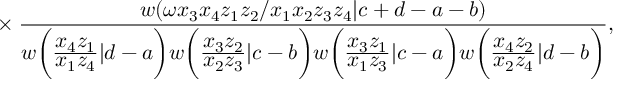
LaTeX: { } ~ \times \frac { w ( \omega x _ { 3 } x _ { 4 } z _ { 1 } z _ { 2 } / x _ { 1 } x _ { 2 } z _ { 3 } z _ { 4 } | c + d - a - b ) } { w \bigg ( \frac { \displaystyle x _ { 4 } z _ { 1 } } { \displaystyle x _ { 1 } z _ { 4 } } | d - a \bigg ) w \bigg ( \frac { \displaystyle x _ { 3 } z _ { 2 } } { \displaystyle x _ { 2 } z _ { 3 } } | c - b \bigg ) w \bigg ( \frac { \displaystyle x _ { 3 } z _ { 1 } } { \displaystyle x _ { 1 } z _ { 3 } } | c - a \bigg ) w \bigg ( \frac { \displaystyle x _ { 4 } z _ { 2 } } { \displaystyle x _ { 2 } z _ { 4 } } | d - b \bigg ) } ,